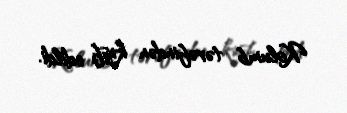
Kolumb tərəfindən kəşf edildi.